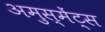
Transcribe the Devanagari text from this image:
अमुस्मेंट्स